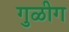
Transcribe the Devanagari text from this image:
गुळीग